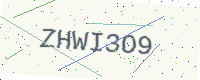
Text: ZHWI3O9